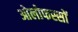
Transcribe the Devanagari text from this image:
ओलोफस्सों